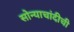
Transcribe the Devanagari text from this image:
सोन्याचांदीची